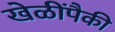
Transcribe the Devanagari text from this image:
खेळींपैकी